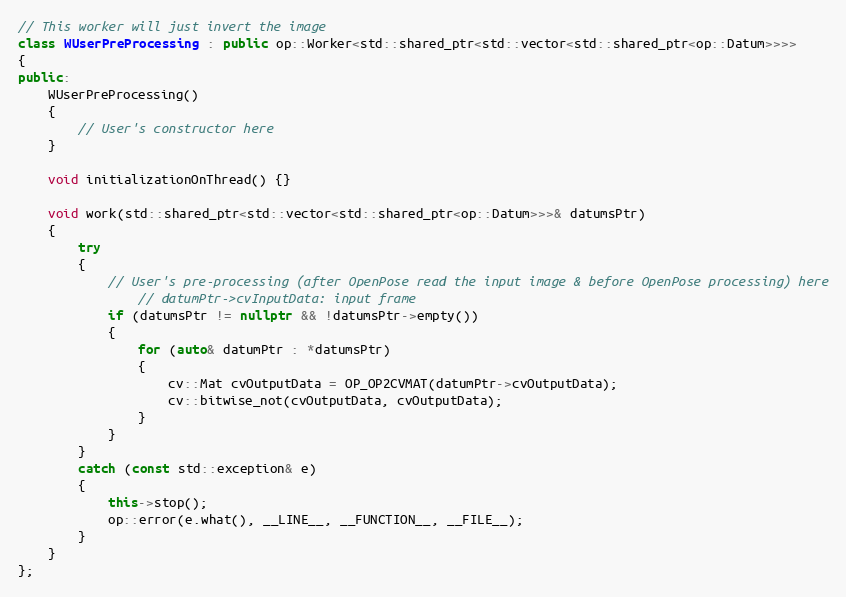
Language: C++
// This worker will just invert the image
class WUserPreProcessing : public op::Worker<std::shared_ptr<std::vector<std::shared_ptr<op::Datum>>>>
{
public:
    WUserPreProcessing()
    {
        // User's constructor here
    }

    void initializationOnThread() {}

    void work(std::shared_ptr<std::vector<std::shared_ptr<op::Datum>>>& datumsPtr)
    {
        try
        {
            // User's pre-processing (after OpenPose read the input image & before OpenPose processing) here
                // datumPtr->cvInputData: input frame
            if (datumsPtr != nullptr && !datumsPtr->empty())
            {
                for (auto& datumPtr : *datumsPtr)
                {
                    cv::Mat cvOutputData = OP_OP2CVMAT(datumPtr->cvOutputData);
                    cv::bitwise_not(cvOutputData, cvOutputData);
                }
            }
        }
        catch (const std::exception& e)
        {
            this->stop();
            op::error(e.what(), __LINE__, __FUNCTION__, __FILE__);
        }
    }
};